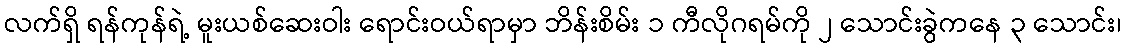
လက်ရှိ ရန်ကုန်ရဲ့ မူးယစ်ဆေးဝါး ရောင်းဝယ်ရာမှာ ဘိန်းစိမ်း ၁ ကီလိုဂရမ်ကို ၂ သောင်းခွဲကနေ ၃ သောင်း၊